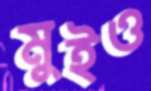
মুইও